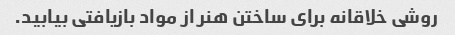
روشی خلاقانه برای ساختن هنر از مواد بازیافتی بیابید.